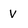
Character: v